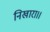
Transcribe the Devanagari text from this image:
निखारा।।